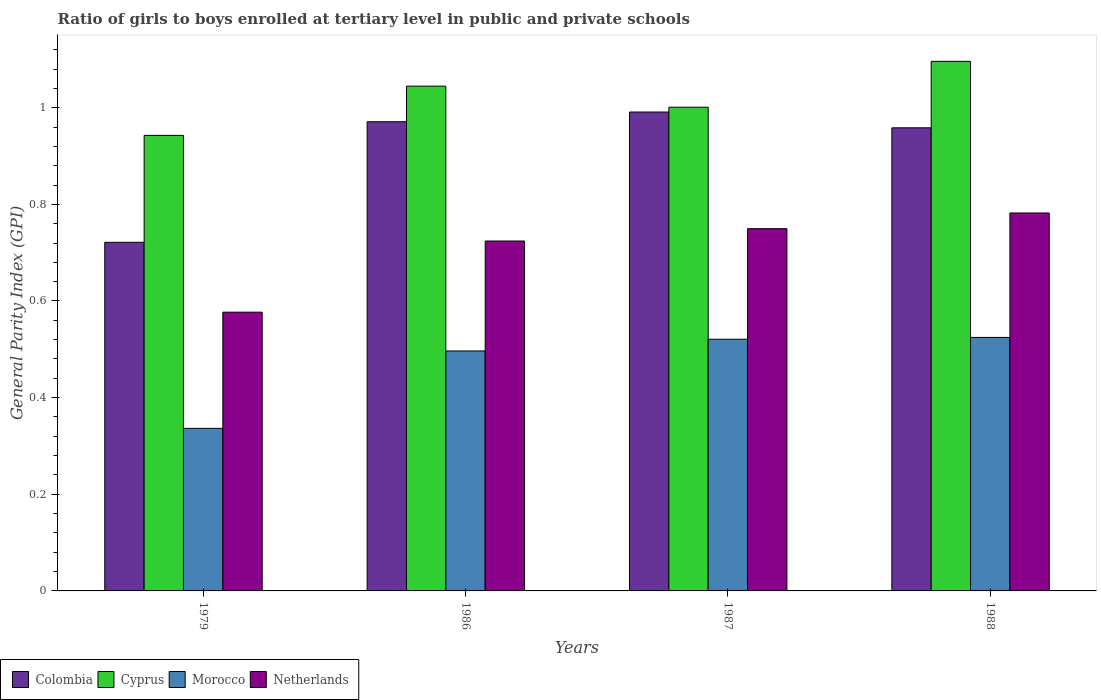
| Years | Colombia | Cyprus | Morocco | Netherlands |
 | --- | --- | --- | --- | --- |
 | 1979 | 0.721 | 0.943 | 0.336 | 0.577 |
 | 1986 | 0.971 | 1.04 | 0.497 | 0.724 |
 | 1987 | 0.991 | 1 | 0.521 | 0.75 |
 | 1988 | 0.958 | 1.1 | 0.525 | 0.782 |